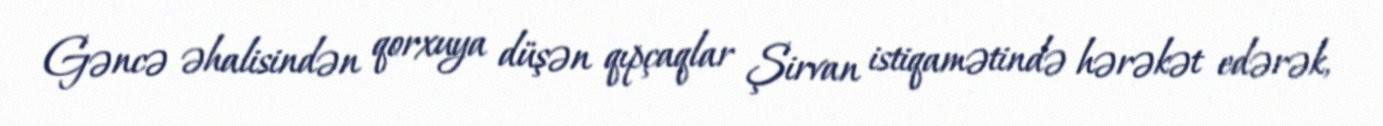
Gəncə əhalisindən qorxuya düşən qıpçaqlar Şirvan istiqamətində hərəkət edərək,